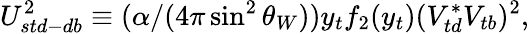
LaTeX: U_{std-db}^{2}\equiv(\alpha/(4\pi\sin^{2}{\theta_{W}}))y_{t}f_{2}(y_{t})(V_{td}^{*}V_{tb})^{2},